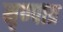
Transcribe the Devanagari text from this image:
मृण्पात्र